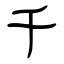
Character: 千